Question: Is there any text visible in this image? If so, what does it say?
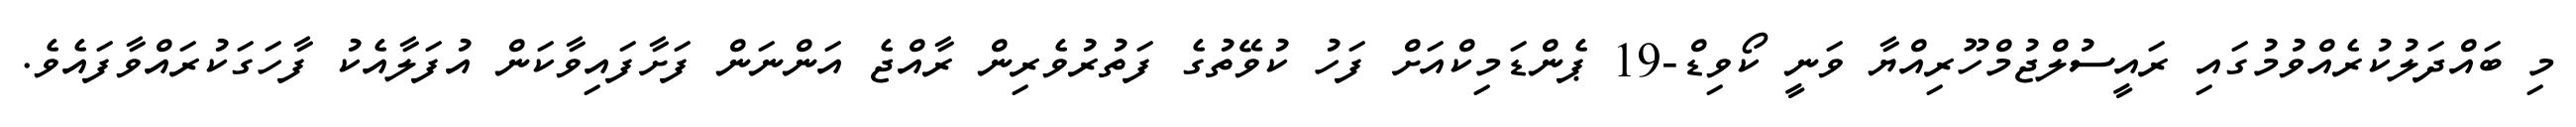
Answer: މި ބައްދަލުކުރެއްވުމުގައި ރައީސުލްޖުމްހޫރިއްޔާ ވަނީ ކޯވިޑް-19 ޕެންޑަމިކްއަށް ފަހު ކުވޭތުގެ ފަތުރުވެރިން ރާއްޖެ އަންނަން ފަށާފައިވާކަން އުފަލާއެކު ފާހަގަކުރައްވާފައެވެ.